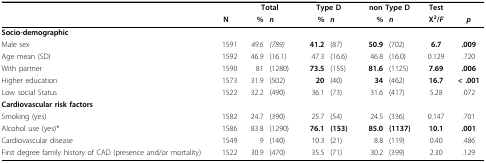
|  |  | <COLSPAN=2> Total | <COLSPAN=2> Type D | <COLSPAN=2> non Type D | Test |  |
 |  | N | % | n | % | n | % | n | X2/F | p |
 | --- | --- | --- | --- | --- | --- | --- | --- | --- | --- |
 | Socio-demographic |  |  |  |  |  |  |  |  |  |
 | Male sex | 1591 | 49.6 | (789) | 41.2 | (87) | 50.9 | (702) | 6.7 | .009 |
 | Age mean (SD) | 1592 | 46.9 | (16.1) | 47.3 | (16.6) | 46.8 | (16.0) | 0.129 | .720 |
 | With partner | 1590 | 81 | (1280) | 73.5 | (155) | 81.6 | (1125) | 7.69 | .006 |
 | Higher education | 1573 | 31.9 | (502) | 20 | (40) | 34 | (462) | 16.7 | < .001 |
 | Low social Status | 1522 | 32.2 | (490) | 36.1 | (73) | 31.6 | (417) | 5.28 | .072 |
 | Cardiovascular risk factors |  |  |  |  |  |  |  |  |  |
 | Smoking (yes) | 1582 | 24.7 | (390) | 25.7 | (54) | 24.5 | (336) | 0.147 | .701 |
 | Alcohol use (yes)* | 1586 | 83.8 | (1290) | 76.1 | (153) | 85.0 | (1137) | 10.1 | .001 |
 | Cardiovascular disease | 1549 | 9 | (140) | 10.3 | (21) | 8.8 | (119) | 0.40 | .486 |
 | First degree family history of CAD (presence and/or mortality) | 1522 | 30.9 | (470) | 35.5 | (71) | 30.2 | (399) | 2.30 | .129 |